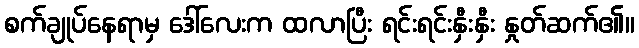
စက်ချုပ်နေရာမှ ဒေါ်လေးက ထလာပြီး ရင်းရင်းနှီးနှီး နှုတ်ဆက်၏။